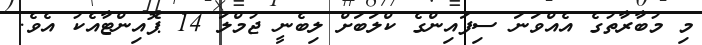
މި މުބާރާތުގެ އެއްވަނަ ސިފައިންގެ ކްލަބަށް ލިބެނީ ޖުމްލަ 14 ޕޮއިންޓާއެކު އެވެ.